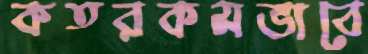
কতরকমভাবে